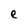
Character: e